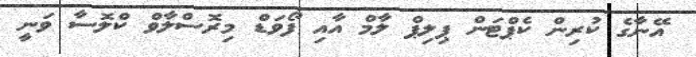
އޭނާގެ ކުރިން ކެޕްޓަން ޕިލިޕް ލާމް އާއި ފޯވަޑް މިރޮސްލާވް ކްލޮސާ ވަނީ